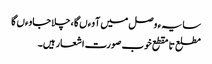
سایہء وصل میں آوءں گا ، چلا جاوءں گا
مطلع تا مقطع خوب صورت اشعار ہیں۔